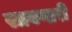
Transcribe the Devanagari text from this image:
स्त्रवणारी